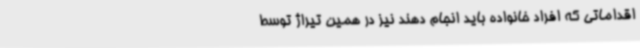
اقداماتی که افراد خانواده باید انجام دهند نیز در همین تیراژ توسط